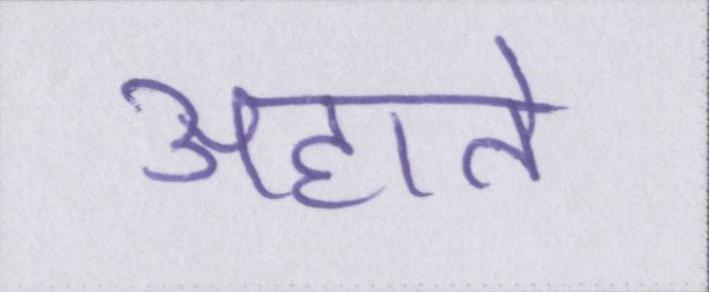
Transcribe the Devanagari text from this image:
अहाते